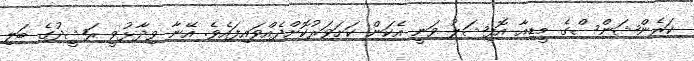
ކަރެންޝަންސްގެ މީޑިއާ އޮފިޝަލު ވަނީ އެކަން ކަށަވަރުކޮށްދެއްވައިފައެވެ. އޭނާ ވިދާޅުވީ ރަޝީދުގެ ބަލި